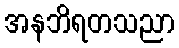
အနဘိရတသညာ